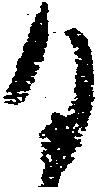
日